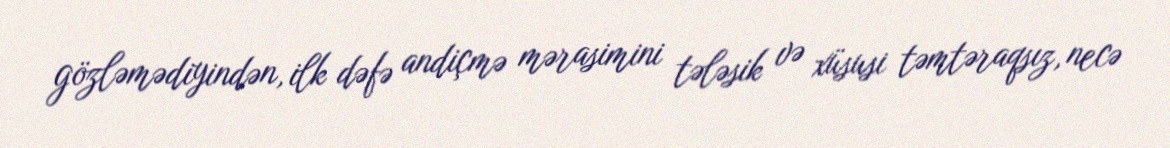
gözləmədiyindən, ilk dəfə andiçmə mərasimini tələsik və xüsusi təmtəraqsız, necə